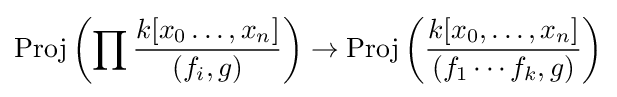
{\text{Proj}}\left(\prod {\frac {k[x_{0}\ldots ,x_{n}]}{(f_{i},g)}}\right)\to {\text{Proj}}\left({\frac {k[x_{0},\ldots ,x_{n}]}{(f_{1}\cdots f_{k},g)}}\right)